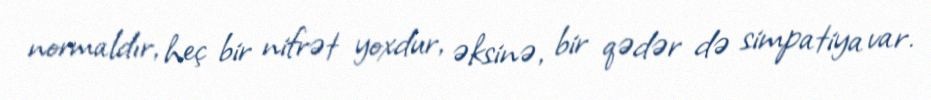
normaldır, heç bir nifrət yoxdur, əksinə, bir qədər də simpatiya var.